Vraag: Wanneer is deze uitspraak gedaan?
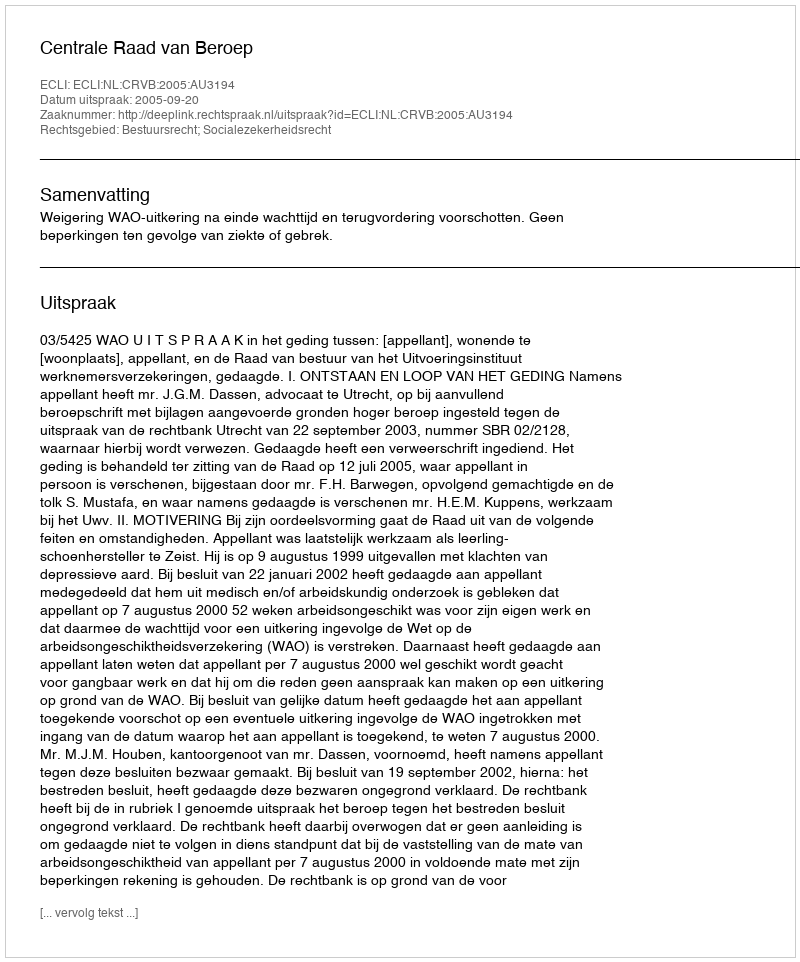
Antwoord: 2005-09-20